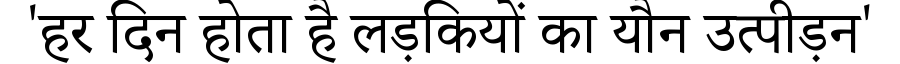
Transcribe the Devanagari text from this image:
'हर दिन होता है लड़कियों का यौन उत्पीड़न'